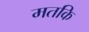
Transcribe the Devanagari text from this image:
मतकि